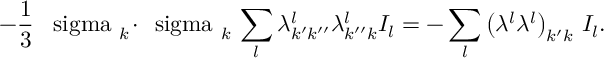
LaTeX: - \frac { 1 } { 3 } \, \mathrm { \boldmath ~ \ s i g m a ~ } _ { k } \! \cdot \! \mathrm { \boldmath ~ \ s i g m a ~ } _ { k } \, \sum _ { l } \lambda _ { k ^ { \prime } k ^ { \prime \prime } } ^ { l } \lambda _ { k ^ { \prime \prime } k } ^ { l } I _ { l } = - \sum _ { l } \left( \lambda ^ { l } \lambda ^ { l } \right) _ { k ^ { \prime } k } \, I _ { l } .